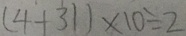
( 4 + 3 1 ) \times 1 0 \div 2